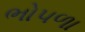
ભોપળા